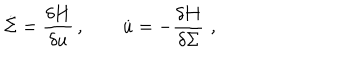
LaTeX: \dot { \Sigma } = \frac { \delta { \bf H } } { \delta u } \, , \qquad \dot { u } = - \frac { \delta { \bf H } } { \delta \Sigma } \, \, ,